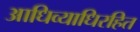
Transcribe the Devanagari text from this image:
आधिव्याधिरहित